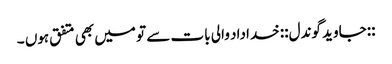
::جاوید گوندل:: خداداد والی بات سے تو میں‌ بھی متفق ہوں ۔